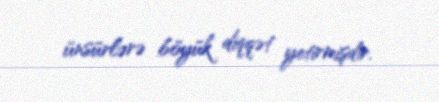
ünsürlərə böyük diqqət yetirmişdir.